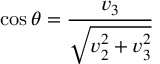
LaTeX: \cos \theta = \frac { v _ { 3 } } { \sqrt { v _ { 2 } ^ { 2 } + v _ { 3 } ^ { 2 } } }